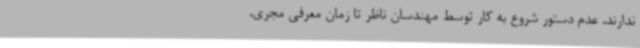
ندارند، عدم دستور شروع به کار توسط مهندسان ناظر تا زمان معرفی مجری،